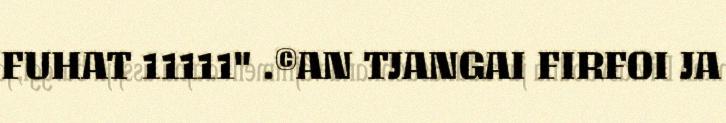
FUHAT 11111" .©AN TJANGAI FIRFOI JA